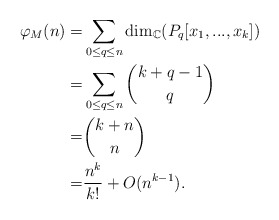
\begin{align*}\varphi_{M}(n)=&\sum\limits_{0\leq q \leq n}\dim_{\mathbb{C}}(P_{q}[x_{1},...,x_{k}])\\=&\sum\limits_{0\leq q\leq n}\binom{k+q-1}{q}\\=&\binom{k+n}{n}\\=&\frac{n^k}{k!}+O(n^{k-1}).\end{align*}